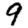
Digit: 9